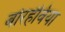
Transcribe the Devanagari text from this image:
बोरहेविया